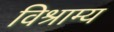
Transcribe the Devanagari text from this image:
विश्राम्य